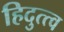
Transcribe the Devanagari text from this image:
हिदुत्त्व